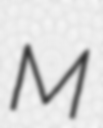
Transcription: M